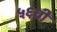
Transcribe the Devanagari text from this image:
५६वी